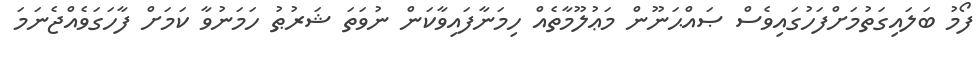
ފޯމު ބަލައިގަތުމަށްފަހުގައިވެސް ޞައްޙަނޫން މަޢުލޫމާތެއް ހިމަނާފައިވާކަން ނުވަތަ ޝަރުޠު ހަމަނުވާ ކަމަށް ފާހަގަވެއްޖެނަމަ